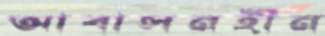
আবাসনহীন